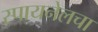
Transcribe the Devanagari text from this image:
स्पायनेलचा